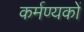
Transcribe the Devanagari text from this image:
कर्मण्यकों